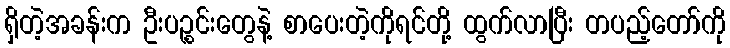
ရှိတဲ့အခန်းက ဦးပဉ္စင်းတွေနဲ့ စာပေးတဲ့ကိုရင်တို့ ထွက်လာပြီး တပည့်တော်ကို